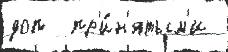
доп  пр'и́н'ятым'и